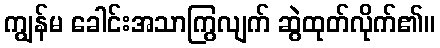
ကျွန်မ ခေါင်းအသာကြွလျက် ဆွဲထုတ်လိုက်၏။